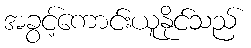
အခွင့်ကောင်းယူနိုင်သည်